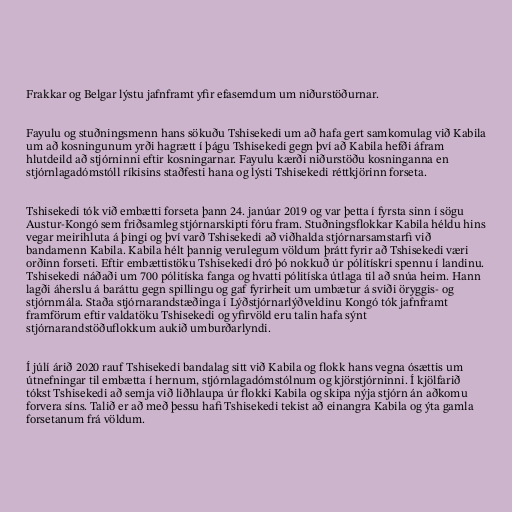
Frakkar og Belgar lýstu jafnframt yfir efasemdum um niðurstöðurnar.

Fayulu og stuðningsmenn hans sökuðu Tshisekedi um að hafa gert samkomulag við Kabila
um að kosningunum yrði hagrætt í þágu Tshisekedi gegn því að Kabila hefði áfram
hlutdeild að stjórninni eftir kosningarnar. Fayulu kærði niðurstöðu kosninganna en
stjórnlagadómstóll ríkisins staðfesti hana og lýsti Tshisekedi réttkjörinn forseta.

Tshisekedi tók við embætti forseta þann 24. janúar 2019 og var þetta í fyrsta sinn í sögu
Austur-Kongó sem friðsamleg stjórnarskipti fóru fram. Stuðningsflokkar Kabila héldu hins
vegar meirihluta á þingi og því varð Tshisekedi að viðhalda stjórnarsamstarfi við
bandamenn Kabila. Kabila hélt þannig verulegum völdum þrátt fyrir að Tshisekedi væri
orðinn forseti. Eftir embættistöku Tshisekedi dró þó nokkuð úr pólitískri spennu í landinu.
Tshisekedi náðaði um 700 pólitíska fanga og hvatti pólitíska útlaga til að snúa heim. Hann
lagði áherslu á baráttu gegn spillingu og gaf fyrirheit um umbætur á sviði öryggis- og
stjórnmála. Staða stjórnarandstæðinga í Lýðstjórnarlýðveldinu Kongó tók jafnframt
framförum eftir valdatöku Tshisekedi og yfirvöld eru talin hafa sýnt
stjórnarandstöðuflokkum aukið umburðarlyndi.

Í júlí árið 2020 rauf Tshisekedi bandalag sitt við Kabila og flokk hans vegna ósættis um
útnefningar til embætta í hernum, stjórnlagadómstólnum og kjörstjórninni. Í kjölfarið
tókst Tshisekedi að semja við liðhlaupa úr flokki Kabila og skipa nýja stjórn án aðkomu
forvera síns. Talið er að með þessu hafi Tshisekedi tekist að einangra Kabila og ýta gamla
forsetanum frá völdum.